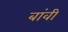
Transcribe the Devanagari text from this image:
बांवी